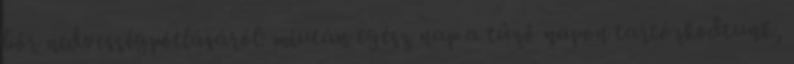
bőr nedvességpótlásáról: miután egész nap a tűző napon tartózkodtunk,